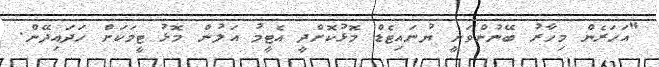
"އަހަރެން މިހާރު ބޭނުންވަނީ ޔުނައިޓެޑް މޮޅުކޮށްދީ އެޓީމު އަލުން މޮޅު ޓީމަކަށް ހަދައިދޭން.